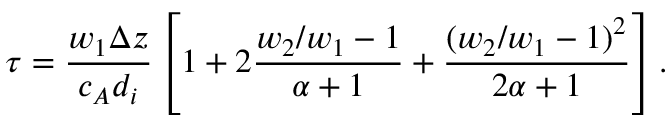
\tau = \frac { w _ { 1 } \Delta z } { c _ { A } d _ { i } } \left[ 1 + 2 \frac { w _ { 2 } / w _ { 1 } - 1 } { \alpha + 1 } + \frac { ( w _ { 2 } / w _ { 1 } - 1 ) ^ { 2 } } { 2 \alpha + 1 } \right] .